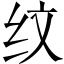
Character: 纹